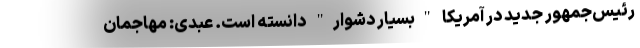
رئیس‌جمهور جدید در آمریکا "بسیار دشوار" دانسته است. عبدی: مهاجمان